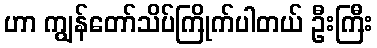
ဟာ ကျွန်တော်သိပ်ကြိုက်ပါတယ် ဦးကြီး